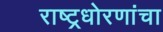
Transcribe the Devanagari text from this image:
राष्ट्रधोरणांचा